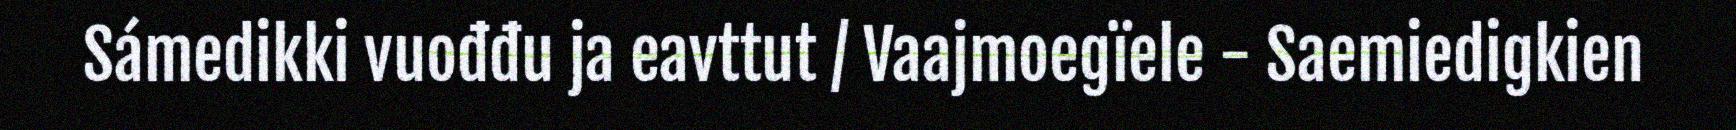
Sámedikki vuođđu ja eavttut / Vaajmoegïele - Saemiedigkien